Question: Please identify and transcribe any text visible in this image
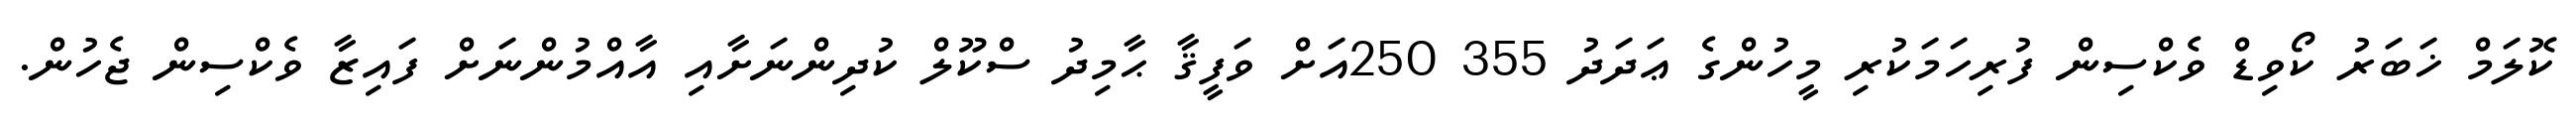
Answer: ކޮލަމް ޚަބަރު ކޯވިޑް ވެކްސިން ފުރިހަމަކުރި މީހުންގެ ޢަދަދު 355 250އަށް ވަފީޤާ ޙާމިދު ސްކޫލް ކުދިންނަށާއި އާއްމުންނަށް ފައިޒާ ވެކްސިން ޖެހުން.